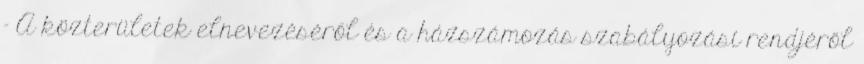
- A közterületek elnevezéséről és a házszámozás szabályozási rendjéről